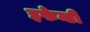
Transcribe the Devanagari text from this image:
इफेन्डी